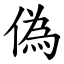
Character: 偽